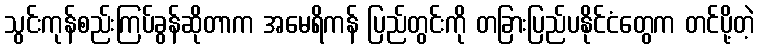
သွင်းကုန်စည်းကြပ်ခွန်ဆိုတာက အမေရိကန် ပြည်တွင်းကို တခြားပြည်ပနိုင်ငံတွေက တင်ပို့တဲ့